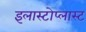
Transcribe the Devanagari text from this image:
इलास्टोप्लास्ट